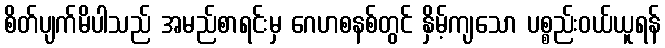
စိတ်ပျက်မိပါသည် အမည်စာရင်းမှ ဂေဟစနစ်တွင် နှိမ့်ကျသော ပစ္စည်းဝယ်ယူရန်